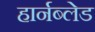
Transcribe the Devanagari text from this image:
हार्नब्लेड